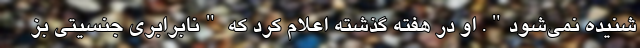
شنیده نمی‌شود". او در هفته گذشته اعلام کرد که "نابرابری جنسیتی بز